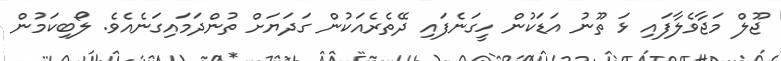
ޖޫލް މަޖާވެލާފައި ޅަ ތޫނު އަޑަކުން ހީގަނެފައި ދޭތެރެއަކުން ގަދަޔަށް ތުންދަމައިގަނެއެވެ. ލޯބިކަމުން